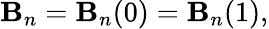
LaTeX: \mathbf{B}_{n}=\mathbf{B}_{n}(0)=\mathbf{B}_{n}(1),